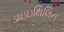
ડાઇઇથિલિન